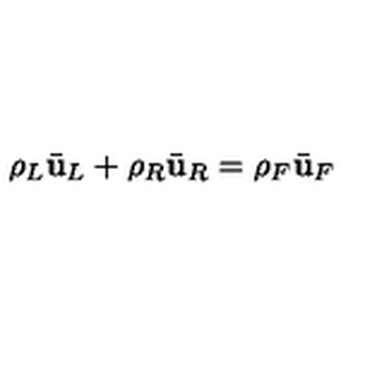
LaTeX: \rho _ { L } \bar { \bf u } _ { L } + \rho _ { R } \bar { \bf u } _ { R } = \rho _ { F } \bar { \bf u } _ { F }